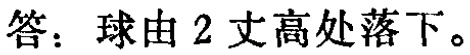
答：球由 2 丈高处落下。